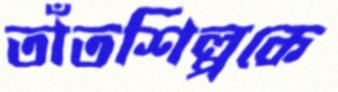
তাঁতশিল্পকে